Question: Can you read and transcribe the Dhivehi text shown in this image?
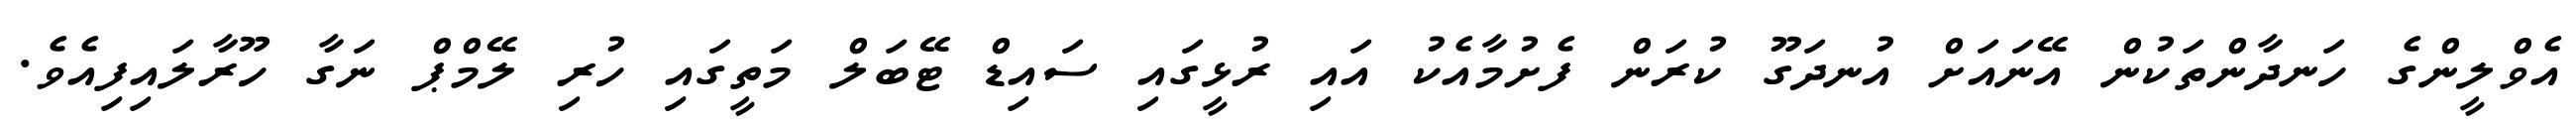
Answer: އެވްލީންގެ ހަނދާންތަކުން އޭނައަށް އުނދަގޫ ކުރަން ފެށުމާއެކު އައި ރުޅީގައި ސައިޑް ޓޭބަލް މަތީގައި ހުރި ލޭމްޕް ނަގާ ހޫރާލައިފިއެވެ.